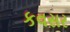
કવસર